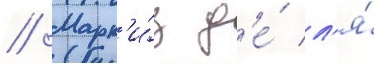
// Марк'и́з д'е́ л'я́